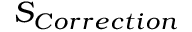
S _ { C o r r e c t i o n }